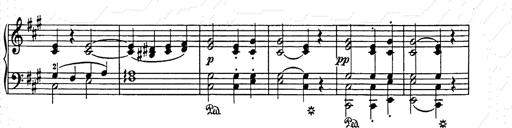
Title: Weihnachtsbaum
Composer: Franz Liszt